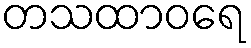
တသထာဝရေ